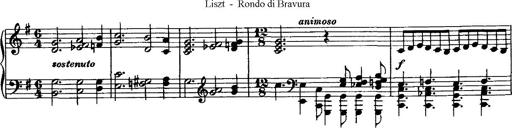
Title: Rondo di bravura
Composer: Franz Liszt